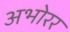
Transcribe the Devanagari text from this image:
अभोरर